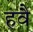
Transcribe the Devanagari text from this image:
हवै